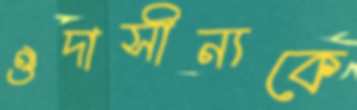
ঔদাসীন্যকে